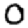
Digit: 0